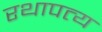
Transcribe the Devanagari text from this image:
रथापत्य